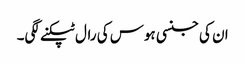
ان کی جنسی ہوس کی رال ٹپکنے لگی۔